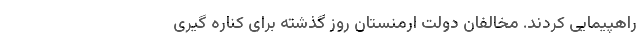
راهپیمایی کردند. مخالفان دولت ارمنستان روز گذشته برای کناره گیری